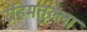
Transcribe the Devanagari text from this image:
रहिमतुल्ला